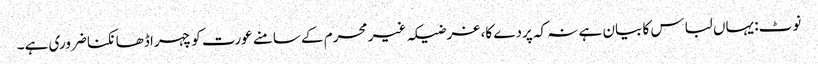
نوٹ: یہاں لباس کا بیان ہے نہ کہ پردے کا، غرضیکہ غیر محرم کے سامنے عورت کو چہرا ڈھانکنا ضروری ہے۔